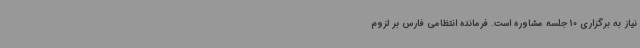
نیاز به برگزاری 10 جلسه مشاوره است. فرمانده انتظامی فارس بر لزوم